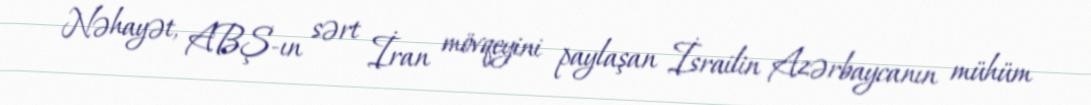
Nəhayət, ABŞ-ın sərt İran mövqeyini paylaşan İsrailin Azərbaycanın mühüm